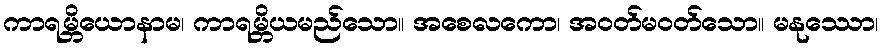
ကာရမ္ဘိယောနာမ၊ ကာရမ္ဘိယမည်သော။ အစေလကော၊ အဝတ်မဝတ်သော။ မနုဿော၊